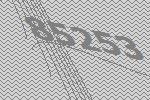
85253